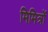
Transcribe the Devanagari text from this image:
मिमित्रों